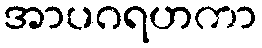
အာပဂရဟကာ